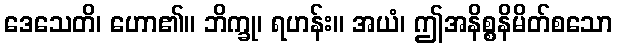
ဒေသေတိ၊ ဟော၏။ ဘိက္ခု၊ ရဟန်း။ အယံ၊ ဤအနိစ္စနိမိတ်စသော